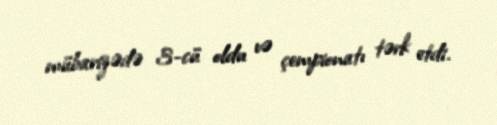
mübarizədə 3-cü oldu və çempionatı tərk etdi.